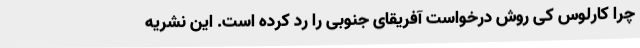
چرا کارلوس کی روش درخواست آفریقای جنوبی را رد کرده است. این نشریه